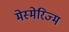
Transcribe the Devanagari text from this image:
मेस्मेरिज्म